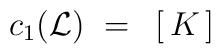
c_1({\cal L} )~=~\left [ \, K \, \right ]